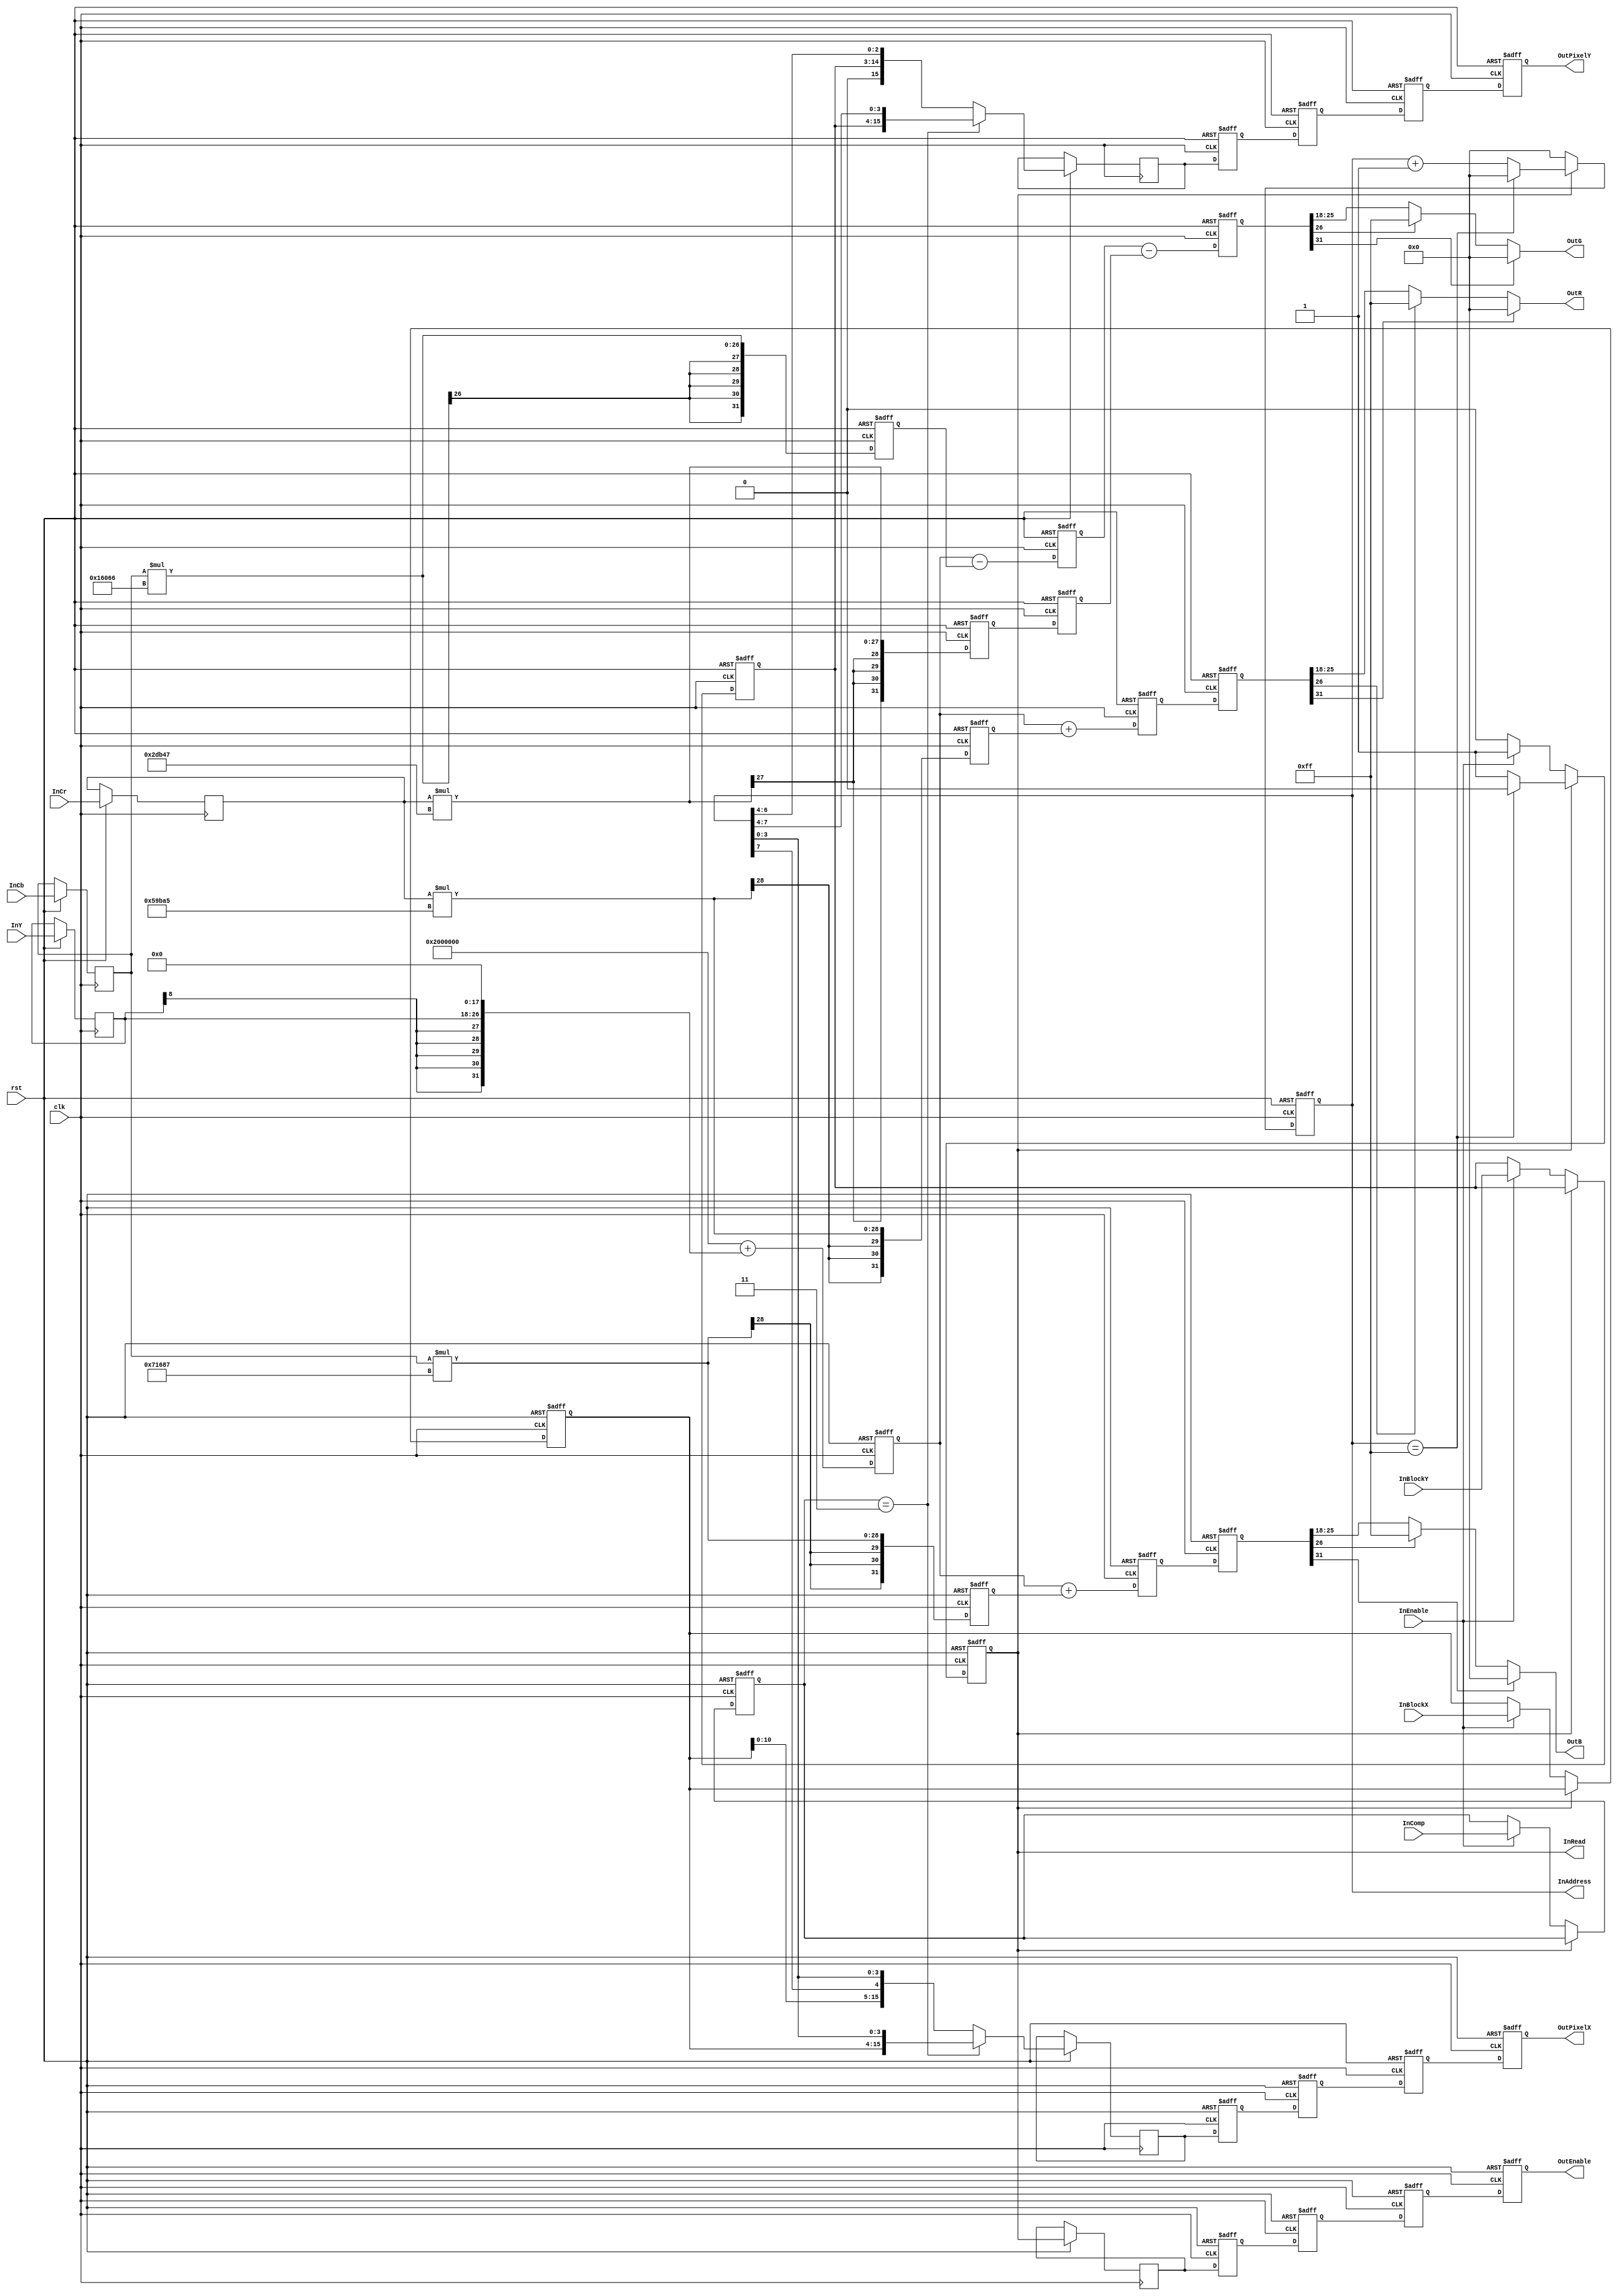
/*
 * Copyright (C)2006-2015 AQUAXIS TECHNOLOGY.
 *  Don't remove this header. 
 * When you use this source, there is a need to inherit this header.
 *
 * License
 *  For no commercial -
 *   License:     The Open Software License 3.0
 *   License URI: http://www.opensource.org/licenses/OSL-3.0
 *
 *  For commmercial -
 *   License:     AQUAXIS License 1.0
 *   License URI: http://www.aquaxis.com/licenses
 *
 * For further information please contact.
 *	URI:    http://www.aquaxis.com/
 */
`timescale 1ps / 1ps

//----------------------------------------------------------------------------
// JPEG YCbCr -> RGB Conveter
//----------------------------------------------------------------------------
module aq_djpeg_ycbcr2rgb(
	input			clk,
	input			rst,

	input			InEnable,
	output			InRead,
	input [11:0]	InBlockX,
	input [11:0]	InBlockY,
	input [2:0]	InComp,
	output [7:0]	InAddress,
	input [8:0]	InY,
	input [8:0]	InCb,
	input [8:0]	InCr,

	output			OutEnable,
	output [15:0]	OutPixelX,
	output [15:0]	OutPixelY,
	output [7:0]	OutR,
	output [7:0]	OutG,
	output [7:0]	OutB
);
	reg				RunActive;
	reg [7:0]		RunCount;
	reg [11:0]	 	RunBlockX;
	reg [11:0]	 	RunBlockY;
	reg [2:0]		RunComp;

	always @(posedge clk or negedge rst) begin
		if(!rst) begin
			RunActive	<= 1'b0;
			RunCount	<= 8'h00;
			RunBlockX	<= 12'h000;
			RunBlockY	<= 12'h000;
			RunComp	<= 1'b0;
		end else begin
			if(RunActive == 1'b0) begin
				if(InEnable == 1'b1) begin
					RunActive	<= 1'b1;
					RunBlockX	<= InBlockX;
					RunBlockY	<= InBlockY;
					RunComp	<= InComp;
				end
				RunCount	<= 8'h00;
			end else begin
				if(RunCount == 8'd255) begin
					RunActive	<= 1'b0;
					RunCount	<= 8'd0;
				end else begin
					RunCount	<= RunCount +8'd1;
				end
			end
		end
	end

	assign InRead		= RunActive;
	assign InAddress	= RunCount;

	reg			PreEnable;
	reg [15:0]	PreCountX;
	reg [15:0]	PreCountY;
	reg			Phase0Enable;
	reg [15:0]	Phase0CountX;
	reg [15:0]	Phase0CountY;
	reg			Phase1Enable;
	reg [15:0]	Phase1CountX;
	reg [15:0]	Phase1CountY;
	reg			Phase2Enable;
	reg [15:0]	Phase2CountX;
	reg [15:0]	Phase2CountY;
	reg			Phase3Enable;
	reg [15:0]	Phase3CountX;
	reg [15:0]	Phase3CountY;

	reg signed [31:0] rgb00r;
	reg signed [31:0] r00r;
	reg signed [31:0] g00r;
	reg signed [31:0] g01r;
	reg signed [31:0] b00r;
	reg signed [31:0] r10r;
	reg signed [31:0] g10r;
	reg signed [31:0] g11r;
	reg signed [31:0] b10r;
	reg signed [31:0] r20r;
	reg signed [31:0] g20r;
	reg signed [31:0] b20r;

	wire signed [8:0] DataY;
	wire signed [8:0] DataCb;
	wire signed [8:0] DataCr;

	reg signed [8:0]	Phase0Y;
	reg signed [8:0]	Phase0Cb;
	reg signed [8:0]	Phase0Cr;

	wire signed [19:0] C_RR = 20'h59BA5; // R_Cr: 1.402	* 0x4000
	wire signed [19:0] C_GB = 20'h16066; // G_Cb: 0.34414 * 0x4000
	wire signed [19:0] C_GR = 20'h2DB47; // G_Cr: 0.71414 * 0x4000
	wire signed [19:0] C_BB = 20'h71687; // B_Cb: 1.772	* 0x4000

	assign			 DataY	= InY;
	assign			 DataCb = InCb;
	assign			 DataCr = InCr;

	reg signed [8:0]	Phase1Y,Phase1Cb,Phase1Cr;
	reg signed [8:0]	Phase2Y,Phase2Cb,Phase2Cr;

	always @(posedge clk or negedge rst) begin
		if(!rst) begin
			rgb00r <= 0;
			r00r	<= 0;
			g00r	<= 0;
			g01r	<= 0;
			b00r	<= 0;

			r10r	<= 0;
			g10r	<= 0;
			g11r	<= 0;
			b10r	<= 0;

			r20r	<= 0;
			g20r	<= 0;
			b20r	<= 0;

			Phase0Enable <= 1'b0;
			Phase0CountX <= 16'h0000;
			Phase0CountY <= 16'h0000;
			Phase1Enable <= 1'b0;
			Phase1CountX <= 16'h0000;
			Phase1CountY <= 16'h0000;
			Phase2Enable <= 1'b0;
			Phase2CountX <= 16'h0000;
			Phase2CountY <= 16'h0000;
			Phase3Enable <= 1'b0;
			Phase3CountX <= 16'h0000;
			Phase3CountY <= 16'h0000;
		end else begin
			// Pre
			PreEnable <= RunActive;
			if(RunComp == 3) begin
				// 316x161
				PreCountX <= {RunBlockX,RunCount[3:0]};
				PreCountY <= {RunBlockY,RunCount[7:4]};
			end else begin
				// 132x81
				PreCountX <= {RunBlockX[10:0],RunCount[7],RunCount[3:0]};
				PreCountY <= {1'b0,RunBlockY[11:0],RunCount[6:4]};
			end

			// Phase0
			Phase0Enable	<= PreEnable;
			Phase0CountX	<= PreCountX;
			Phase0CountY	<= PreCountY;
			Phase0Y		<= DataY;
			Phase0Cb		<= DataCb;
			Phase0Cr		<= DataCr;

			// Phase1
			Phase1Enable	<= Phase0Enable;
			Phase1CountX	<= Phase0CountX;
			Phase1CountY	<= Phase0CountY;

			rgb00r <= 32'h02000000 + {Phase0Y[8],Phase0Y[8],Phase0Y[8],Phase0Y[8],Phase0Y[8],Phase0Y[8:0],18'h0000};
			r00r	<= Phase0Cr * C_RR;
			g00r	<= Phase0Cb * C_GB;
			g01r	<= Phase0Cr * C_GR;
			b00r	<= Phase0Cb * C_BB;

			Phase1Y	<= Phase0Y;
			Phase1Cb	<= Phase0Cb;
			Phase1Cr	<= Phase0Cr;

			// Phase2
			Phase2Enable	<= Phase1Enable;
			Phase2CountX	<= Phase1CountX;
			Phase2CountY	<= Phase1CountY;

			r10r	<= rgb00r + r00r;
			g10r	<= rgb00r - g00r;
			g11r	<= g01r;
			b10r	<= rgb00r + b00r;

			Phase2Y	<= Phase1Y;
			Phase2Cb	<= Phase1Cb;
			Phase2Cr	<= Phase1Cr;

			// Phase3
			Phase3Enable	<= Phase2Enable;
			Phase3CountX	<= Phase2CountX;
			Phase3CountY	<= Phase2CountY;
			r20r	<= r10r;
			g20r	<= g10r - g11r;
			b20r	<= b10r;
		end
	end

	assign OutEnable	= Phase3Enable;
	assign OutPixelX	= Phase3CountX;
	assign OutPixelY	= Phase3CountY;
	assign OutR		= (r20r[31])?8'h00:(r20r[26])?8'hFF:r20r[25:18];
	assign OutG		= (g20r[31])?8'h00:(g20r[26])?8'hFF:g20r[25:18];
	assign OutB		= (b20r[31])?8'h00:(b20r[26])?8'hFF:b20r[25:18];
endmodule